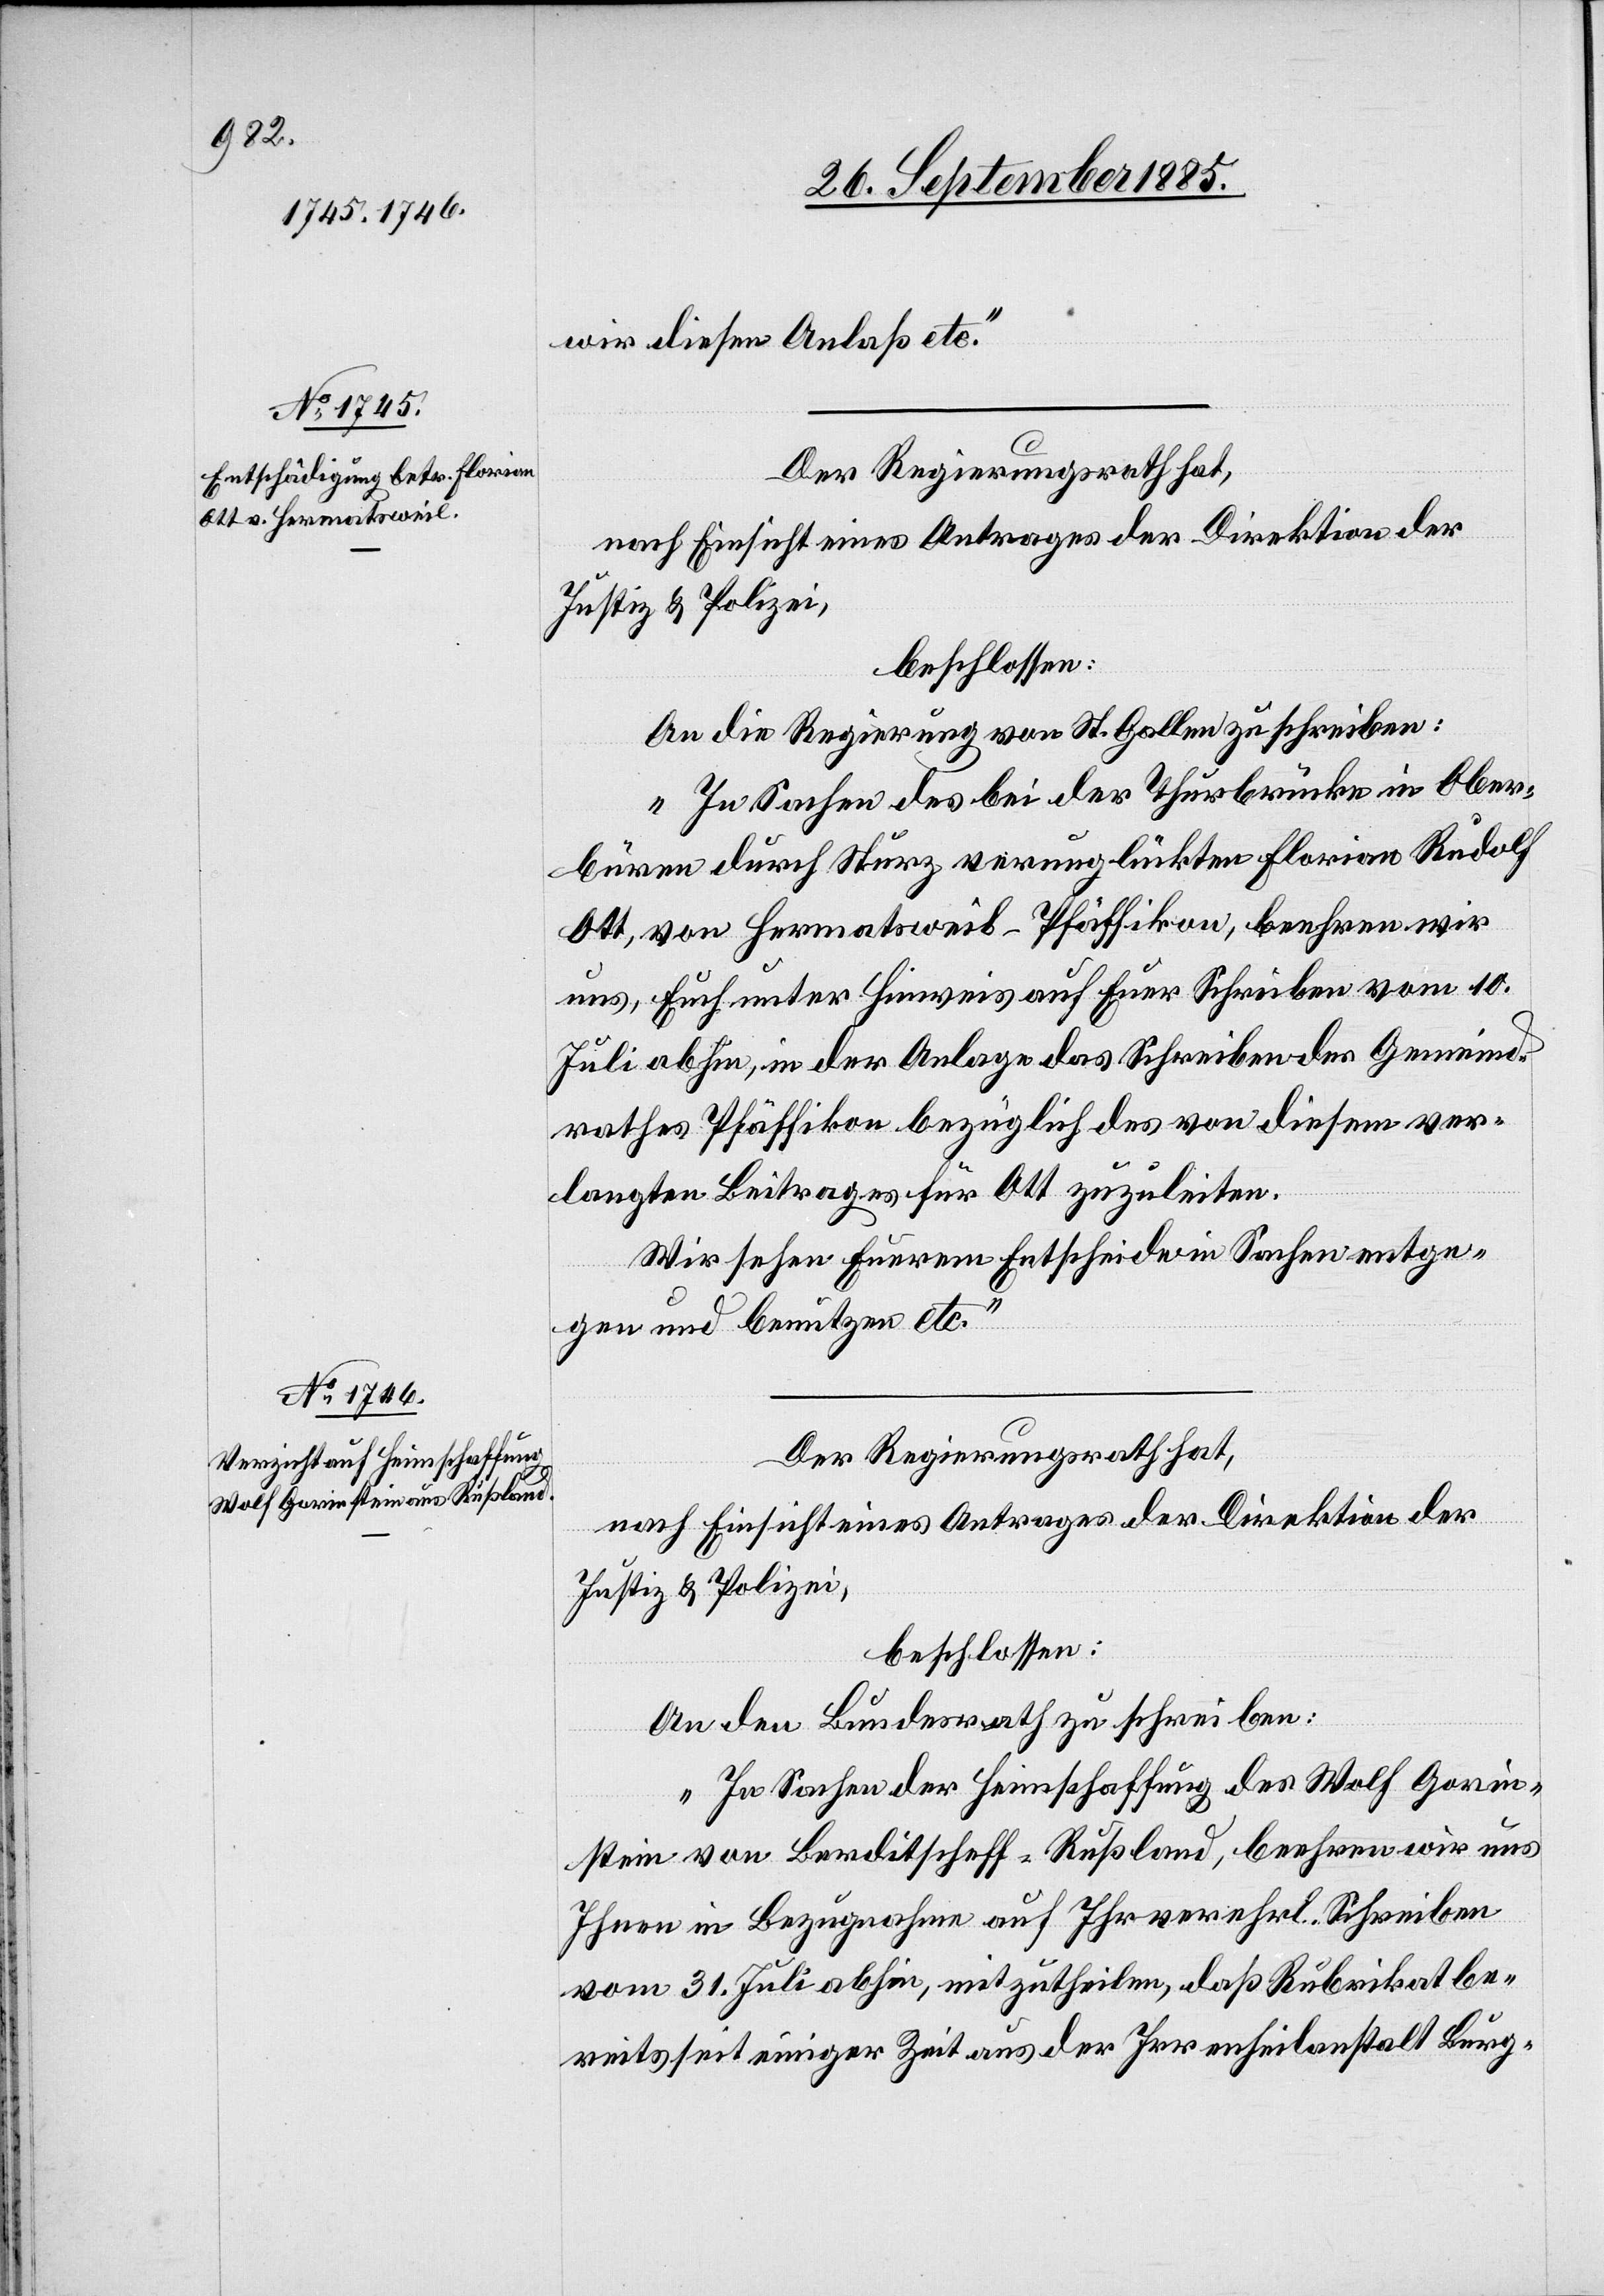
wir diesen Anlaß etc.“
Der Regierungsrath hat,
nach Einsicht eines Antrages der Direktion der
Justiz & Polizei,
beschlossen:
„In Sachen des bei der Thurbrücke in Ober¬
büren durch Sturz verunglückten Florian Rudolf
Ott, von Hermatsweil - Pfäffikon, beehren wir
uns, Euch unter Hinweis auf Euer Schreiben vom 10.
Juli abhin, in der Anlage das Schreiben des Gemeind¬
rathes Pfäffikon bezüglich des von diesem ver¬
langten Beitrages für Ott zuzuleiten.
Wir sehen Euerem Entscheide in Sachen entge¬
gen und benutzen etc.“
Der Regierungsrath hat,
nach Einsicht eines Antrages der Direktion der
Justiz & Polizei,
beschlossen:
An den Bundesrath zu schreiben:
„In Sachen der Heimschaffung des Wolf Gorin¬
stein von Berditscheff - Rußland, beehren wir uns
Ihnen in Bezugnahme auf Ihr verehrl. Schreiben
vom 31. Juli abhin, mitzutheilen, daß Rubrikat be¬
reits seit einiger Zeit aus der Irrenheilanstalt Burg-